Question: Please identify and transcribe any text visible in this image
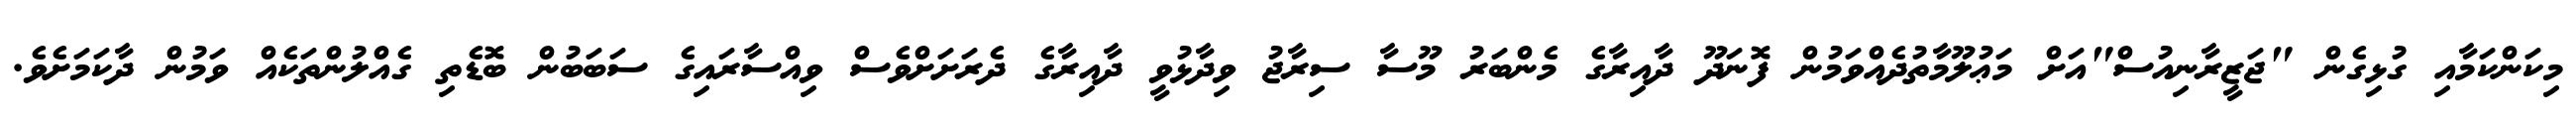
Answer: މިކަންކަމާއި ގުޅިގެން "ޖަޒީރާނިއުސް"އަށް މަޢުލޫމާތުދެއްވަމުން ފޮނަދޫ ދާއިރާގެ މެންބަރު މޫސާ ސިރާޖު ވިދާޅުވީ ދާއިރާގެ ދެރަށަށްވެސް ވިއްސާރައިގެ ސަބަބުން ބޮޑެތި ގެއްލުންތަކެއް ވަމުން ދާކަމަށެވެ.